Bréfritari: Soffía Daníelsdóttir
Viðtakandi: Jakobína Magnúsdóttir og Daníel Halldórsson
Dagsetning: A-1902-06-02
Skrifað á: Skeggjastöðum  N-Múl.
Soffía var dóttir Jakobínu og Daníels

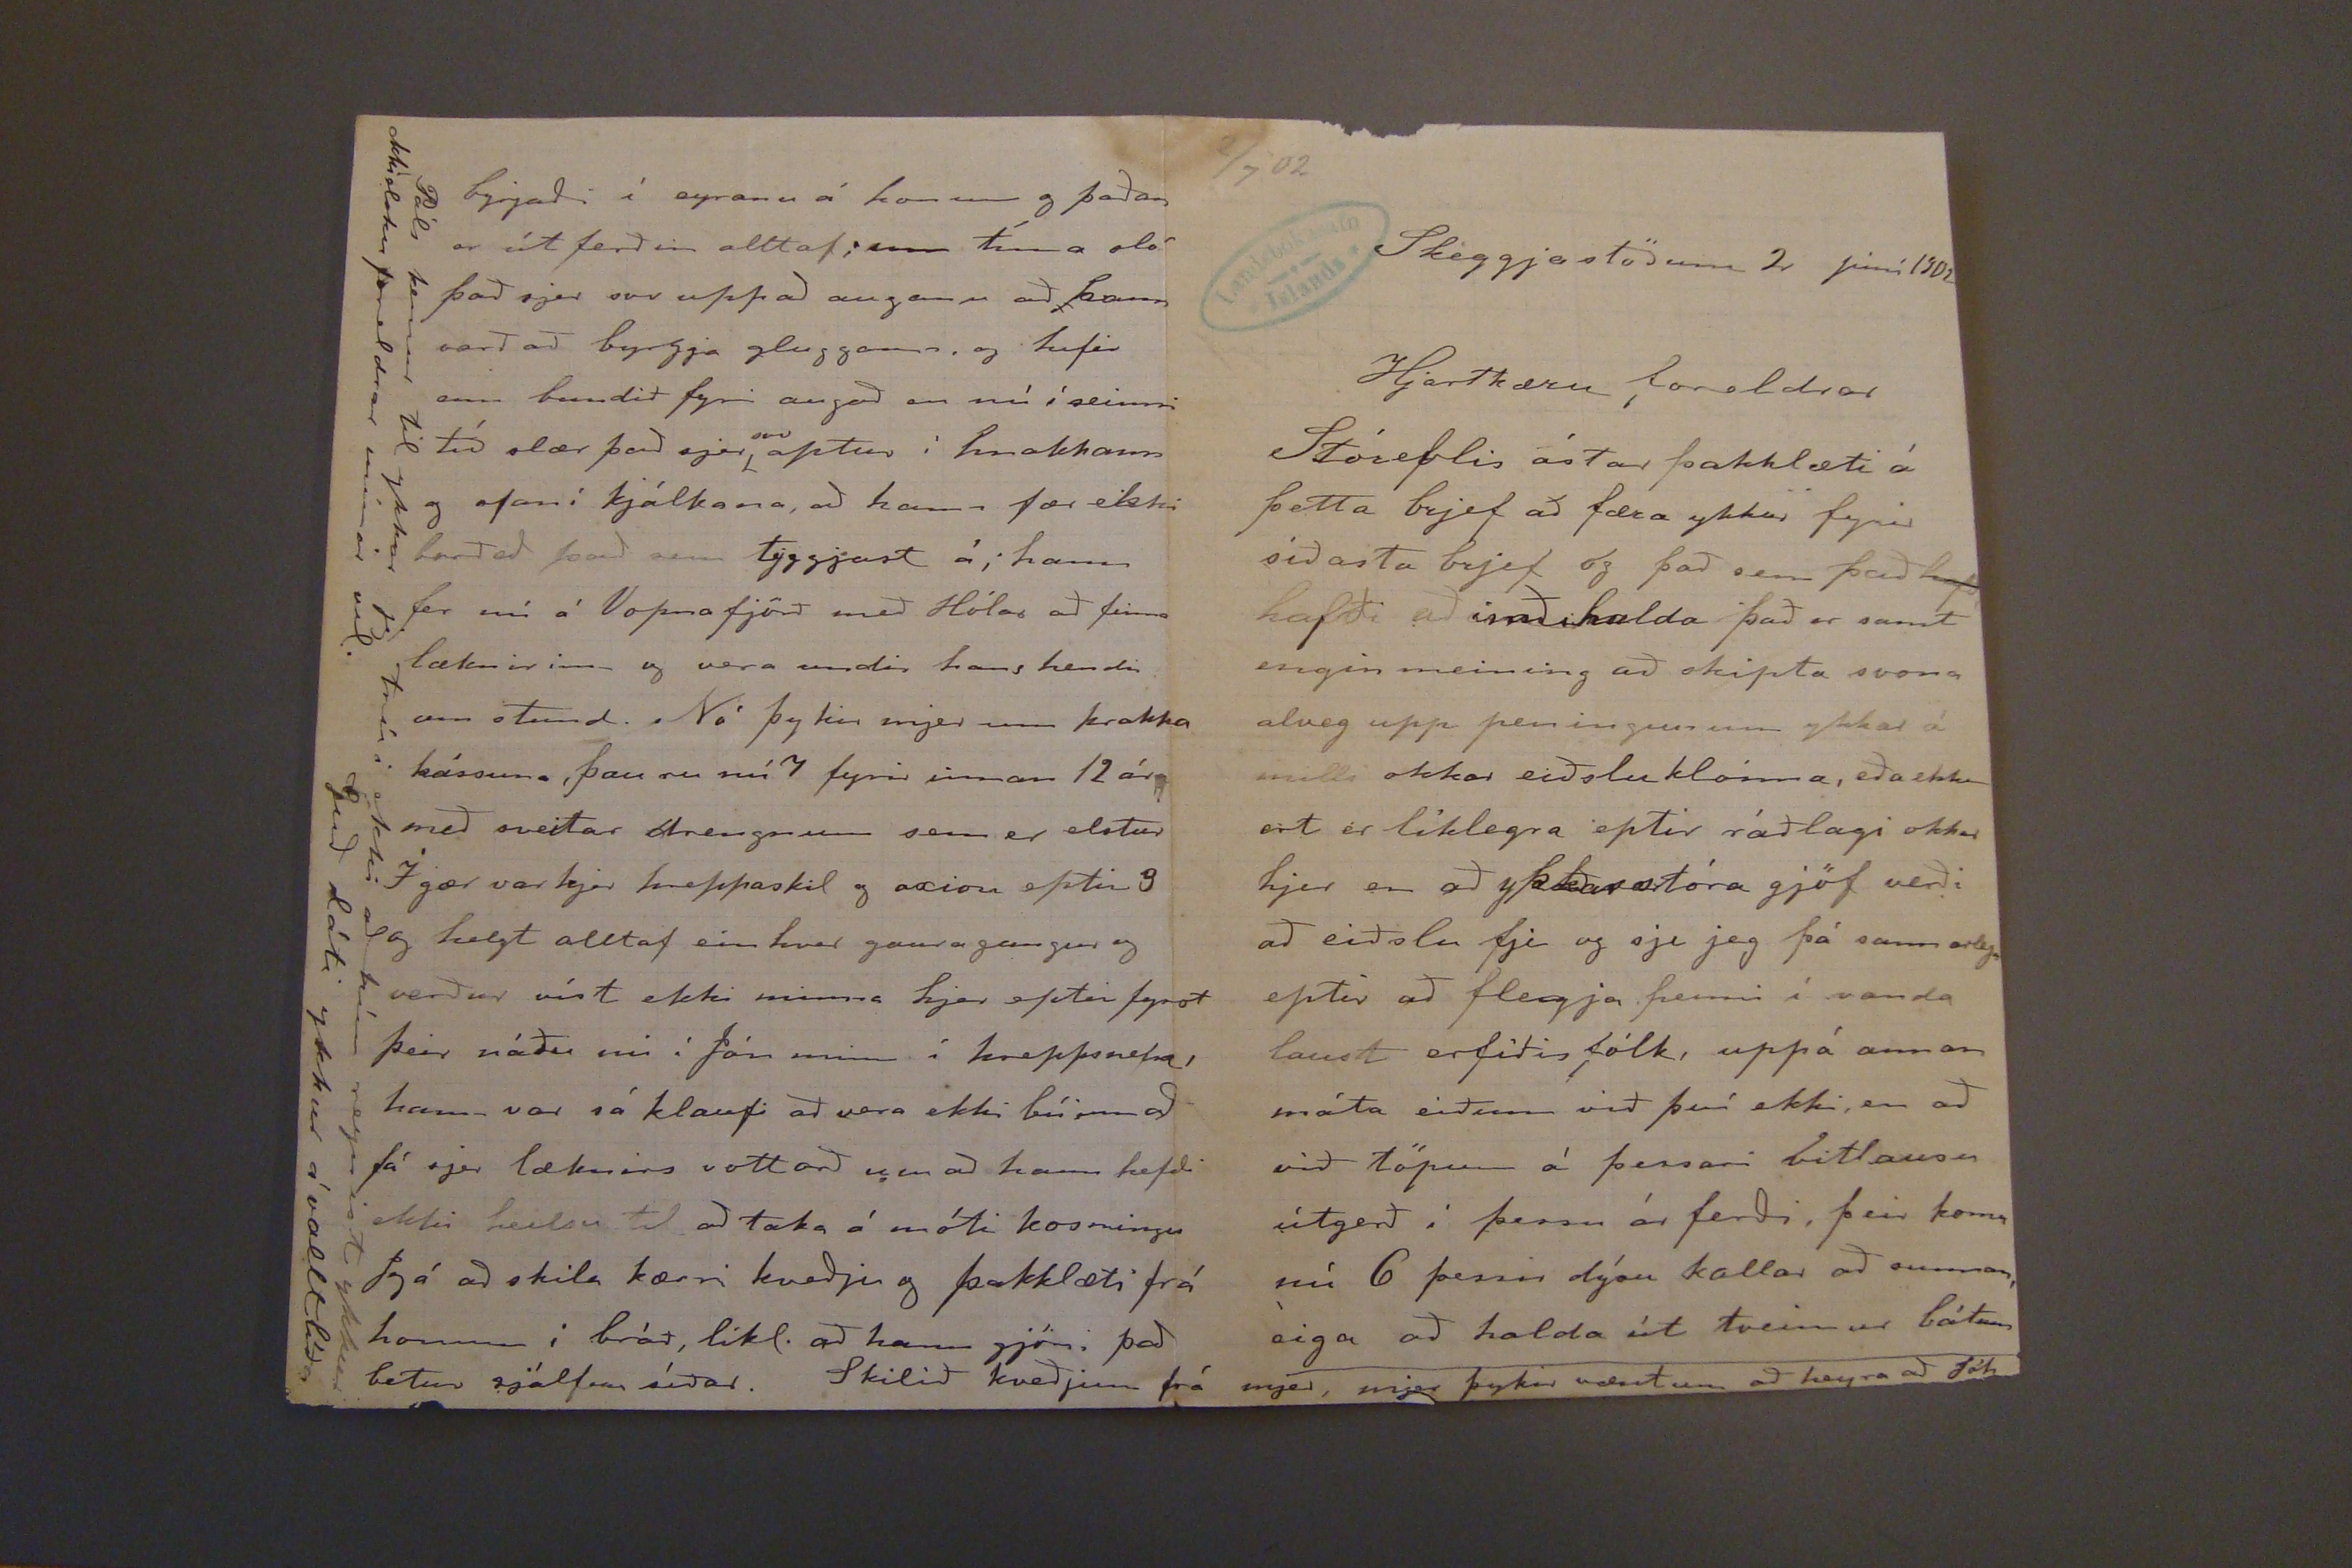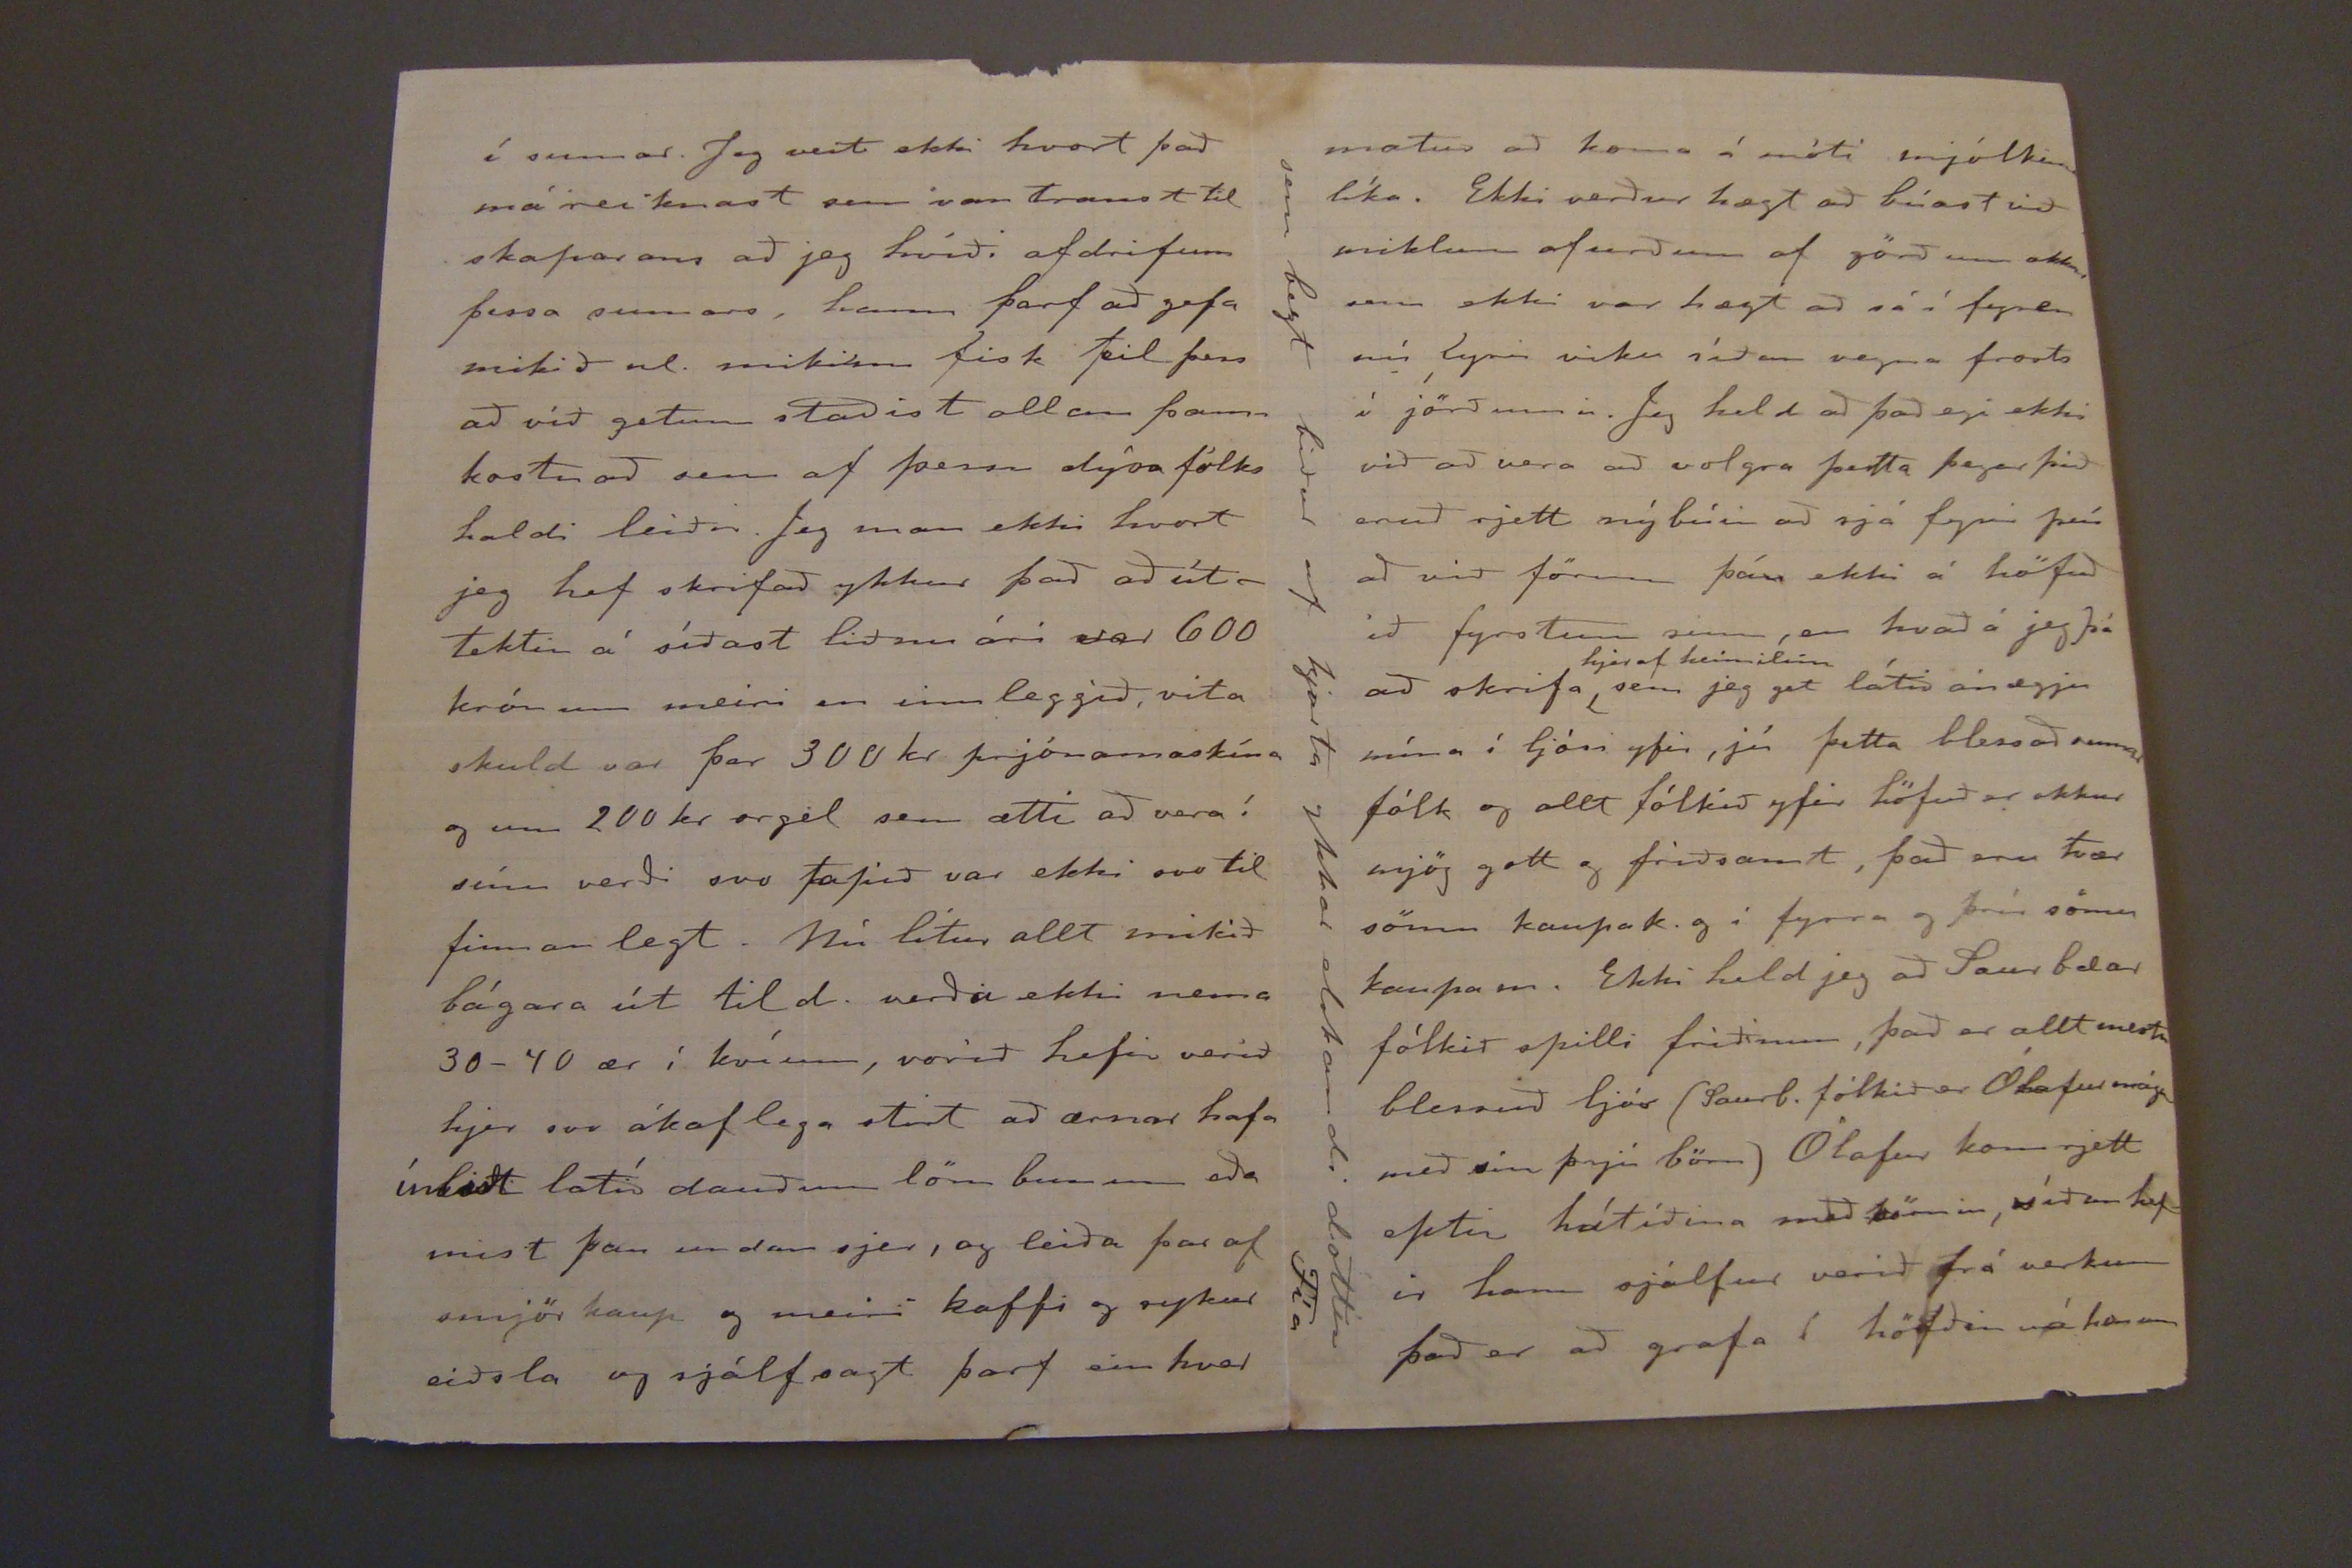

2/7'02
Skeggjastöðum 2 júní 1902
Hjartkæru foreldrar
Stóreflis ástar þakklæti á þetta brjef að færa ykkur fyrir síðasta brjef og það sem það
hafð
hafði að
inaðshalda
það er samt engin meining að skipta svona alveg upp peningunum ykkar á milli okkar eiðslu klónna, eða ekkert er líklegra eptir ráðlagi okkar hjer en að ykkar stóra gjöf verði að eíðslu fje og sje jeg þá sannarlega eptir að flegja henni í vanda laust erfiðis fólk, uppá annan móta eiðinn við því ekki, en að við töpum á þessari vitlausu útgerð i þessu ár ferði, þeir koma nú 6 þessir dýru kallar að sunnan, eiga að halda út tveimur bátum
í sumar. Jeg veit ekki hvort það má reiknast sem var traust til skaparans að jeg hvíði af drifum þessa sumars, hann þarf að gefa mikið nl. mikinn fisk til þess að við getum staðist allan þann kosnað sem af þessu dýra fólks haldi leiðir. Jeg man ekki hvort jeg hef skrifað ykkur það að úttektin á síðast liðnu ári var 600 krónum meiri en innlleggið, vita skuld var þar 300 kr. prjónamaskína og um 200 kr orgel sem ætti að vera í sínu verði svo tapið var ekki svo til finnan legt. Nú lítur allt mikið bágara út til d. verða ekki nema 30-40 ær í kvíum, vorið hefir verið hjer svo ákaflega stirt að ærnar hafa
ínbirt latíð
dauðum löm bunum eða mist þau undan sjer, og leiða þar af smjörkaup og meiri kaffi og sykur eiðsla og sjálfsagt þarf ein hver
byrjaði í eyranu á honum og þaðan er útferðin alltaf; um tíma sló það sjer svo uppað auganu með hann varð að byrgja glugganu, og hefir enn bundið fyrir augað en nú í seinni tíð slær það sjer
svo
aptur í hnakkann og ofan í kjálkana, að hann fær ekki borðað það sem tyggjast á; hann fer nú á Vopnafjörð með Hólar að finna læknirinn og vera undir hans hendi um stund. Nó þykir mjer um krakka kássuna, þau eru nú 7 fyrir innan 12 ár með sveitar drengnum sem er elstur Í gær var hjer hreppaskil og axisu eptir 3 og helzt alltaf ein hver gaura gangur og verður víst ekki minna hjer eptir fyrst þeir náðu nú í Jón minn í hreppsnefnd hann var sá klaufi að vera ekki búinn að fá sjer læknirs vottorð um að han hefði ekki heilsu til að taka á móti kosningu Jeg á að skila kærri kveðju og þakklæti frá honum i bráð, líkl. að hann gjöri það betur sjálfur síðar. Skilið kveðjum frá mjer, mjer þykir vntum að heyra að Jóh
Páls kemur til ykkar jeg trúi ekki að hún reynist ykkur ekki elsku foreldrar mínir vel. Guð láti ykkur á vallt líða
matur að koma á móti mjólkina líka. Ekki verður hægt að búast við miklum afurðum af görðum okkar sem ekki var hægt að sá í fyren nú fyrir viku síðan vegna frosta í jörðinni. Jeg held að það egi ekki við að vera að volgra þetta þegar þið eruð rjett nýbúin að sjá fyrir því að við förum þá ekki á höfuð ið fyrstum sinn, en hvað á jeg þá að skrifa (uppi/hjer af heimilinu/) sem jeg get látið án
egju
núna í ljósi yfir, jú þetta blessað suamr fólk og allt fólkið yfir höfuð er okkur mjög gott og friðsamt, það eru tvær sömu kaupak. og í fyrra og þrír sömu kaupa m. Ekki held jeg að Saur bæar fólkið spilli friðinum, það er allt mestu blessað ljós (Saurb. fólkið er Ólafur mágur með sín þrjú börn) Ólafur kom rjett eptir hátíðina með börnin, síðan hefir hann sjálfur verið frá verkum það er að grafa í höfðin u á honum
sem bezt biður af hjarta ykkar elskandi dóttir
Fía